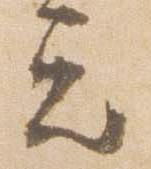
忘